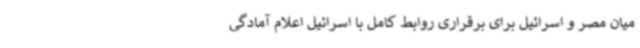
میان مصر و اسرائیل برای برقراری روابط کامل با اسرائیل اعلام آمادگی